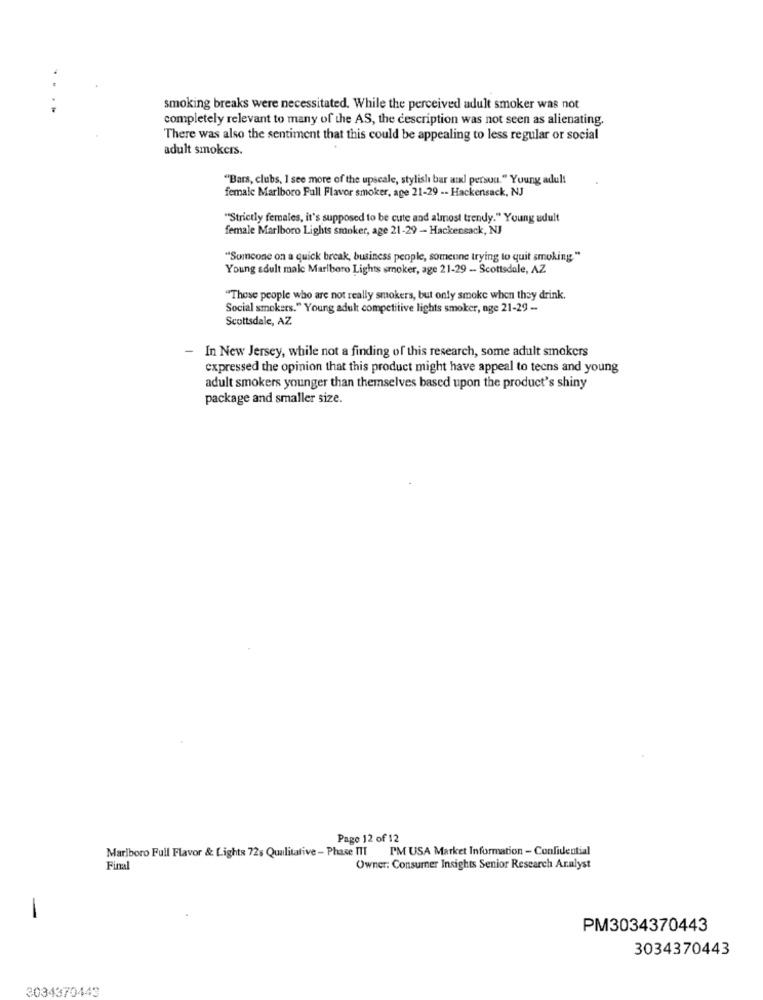
..
smoking breaks were necessitated. While the perceived adult smoker was not
completely relevant to many of the AS, the description was not seen as alienating.
There was also the sentiment that this could be appealing to less regular or social
adult smokers.
"Bars, clubs, I see more of the upscale, stylish bar and persua." Young adult
female Marlboro Full Flavor smoker, age 21-29 -- Hackensack, NJ
""Strictly females, it's supposed to be cute and almost trendy." Young adult
female Marlboro Lights smoker, age 21-29 - Hackensack, NJ
"Someone on a quick break, business people, someune trying to quit smoking."
Young adult male Marlboro Lights smoker, age 21-29 - Scottsdale, AZ
"These people who are not really smokers, but only smoke when they drink.
Social smokers." Young adult competitive lights smoker, age 21-29 -
Scottsdale, AZ
In New Jersey, while not a finding of this research, some adult smokers
expressed the opinion that this product might have appeal to teens and young
adult smokers younger than themselves based upon the product's shiny
package and smaller size.
Pago 12 of 12
Marlboro Full Flavor & Lights 72s Qualitative - Phase III "IM USA Market Information - Confidential
Final
Owner: Consurner Insights Senior Research Analyst
-
PM3034370443
3034370443
3034370443